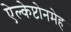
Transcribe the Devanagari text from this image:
ऐल्केप्टोनमेह